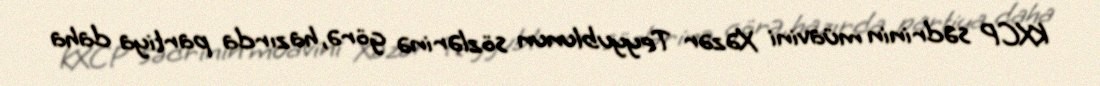
KXCP sədrinin müavini Xəzər Teyyublunun sözlərinə görə, hazırda partiya daha